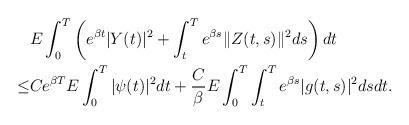
LaTeX: \begin{align*} &E \int_0^T \left(e^{\beta t}|Y(t)|^{2} + \int_t^T e^{\beta s}\|Z(t,s)\|^{2} ds\right) dt\\ \leq& Ce^{\beta T}E \int_0^T |\psi(t)|^{2} dt + \frac{C}{\beta}E \int_0^T \int_t^T e^{\beta s}|g(t,s)|^{2} dsdt.\end{align*}